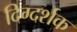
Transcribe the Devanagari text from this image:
दिग्‍दर्शक